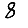
Digit: 8